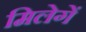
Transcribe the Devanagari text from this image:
मिलेगें